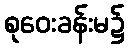
စုဝေးခန်းမ၌